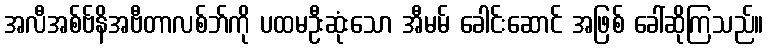
အလီအစ်ဗ်နိအဗီတာလစ်ဘ်ကို ပထမဦးဆုံးသော အီမမ် ခေါင်းဆောင် အဖြစ် ခေါ်ဆိုကြသည်။